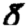
Digit: 8